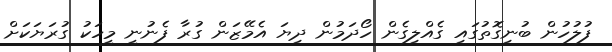
ފުލުހުން ބުނިގޮތުގައި ގެއްލިގެން ހޯދަމުން ދިޔަ އެމޭޒަން ގުރާ ފެނުނީ މީހަކު ގުރަޔަކަށް